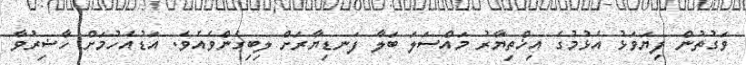
ވަގުތުން ފިޔަވަޅު އެޅުމުގެ އިޚްތިޔާރު މައްސަލަ ބަލާ ފަނޑިޔާރަށް ލިބިގެންވެއެވެ. އަޑުއެހުމަށް ހާޟިރުވާ